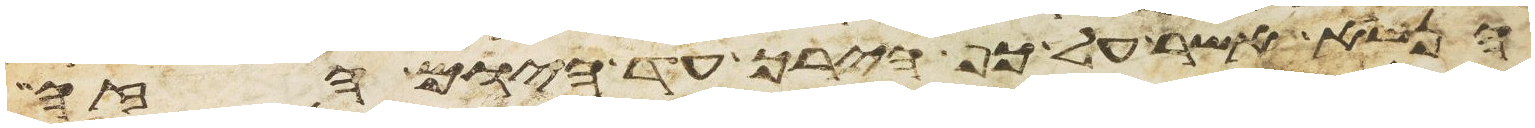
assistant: הנשא אשר על כף הירך עד היום הזה